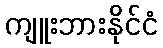
ကျူးဘားနိုင်ငံ